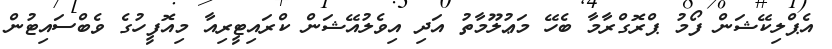
އެޕްލިކޭޝަން ފޯމު ޕްރޮގްރާމާ ބެހޭ މަޢުލޫމާތު އަދި އިވެލުއޭޝަން ކްރައިޓީރިއާ މިއޮފީހުގެ ވެބްސައިޓުން